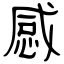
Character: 感